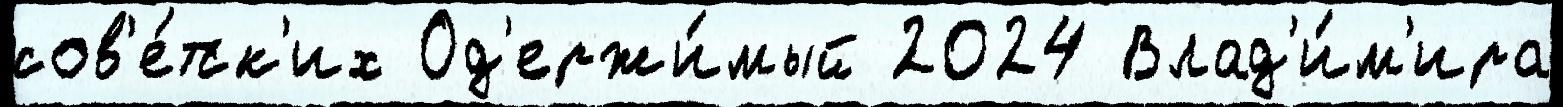
сов'е́тск'их Од'ержи́мый 2024 Влад'и́м'ира